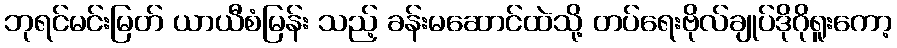
ဘုရင်မင်းမြတ် ယာယီစံမြန်း သည့် ခန်းမဆောင်ထဲသို့ တပ်ရေးဗိုလ်ချုပ်ဒိုဂိုရူးကော့